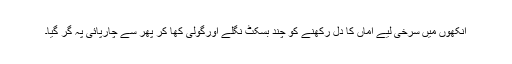
آنکھوں میں سرخی لیے اماں کا دل رکھنے کو چند بسکٹ نگلے اورگولی کھا کر پھر سے چارپائی پہ گر گیا۔